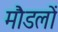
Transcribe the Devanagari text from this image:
मौडलों